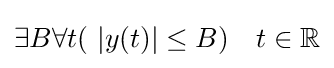
\exists B\forall t(\ |y(t)|\leq B)\quad t\in \mathbb {R}